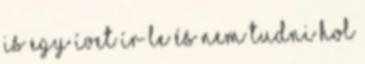
is egy í­vet í­r le és nem tudni hol